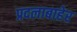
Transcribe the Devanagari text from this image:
प्रदलाबाहेर